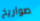
صواريخ